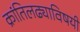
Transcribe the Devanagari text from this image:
क्रांतिलढ्याविषयी